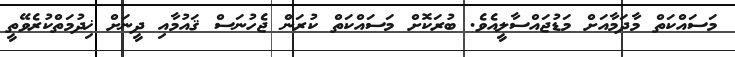
މަސައްކަތް މާދަމާއަށް މަޑުޖައްސާލީއެވެ. ބުރަކޮށް މަސައްކަތް ކުރަން ޖެހުނަސް ޤައުމާއި ދީނަށް ޚިދުމަތްކުރެވޭތީ